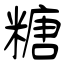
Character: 糖